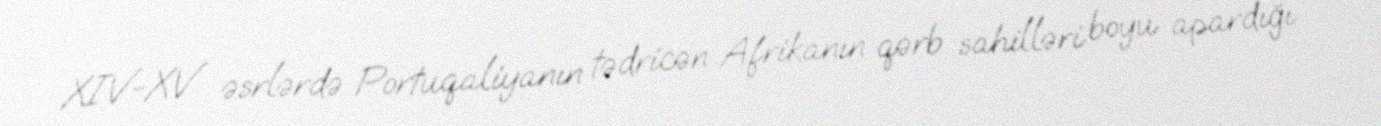
XIV-XV əsrlərdə Portuqaliyanın tədricən Afrikanın qərb sahilləri boyu apardığı